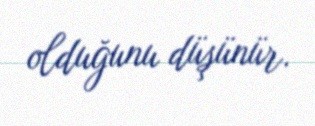
olduğunu düşünür.